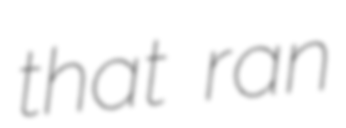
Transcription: that ran